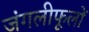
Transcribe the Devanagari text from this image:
जंगलीफूलों